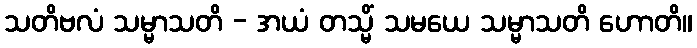
သတိဗလံ သမ္မာသတိ - အယံ တသ္မိံ သမယေ သမ္မာသတိ ဟောတိ။